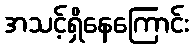
အသင့်ရှိနေကြောင်း